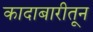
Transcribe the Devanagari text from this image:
कादाबारीतून